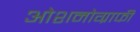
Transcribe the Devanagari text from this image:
ओशनोग्राफी